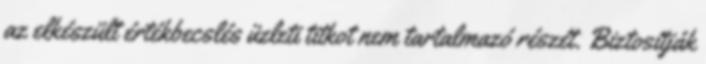
az elkészült értékbecslés üzleti titkot nem tartalmazó részét. Biztosítják